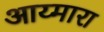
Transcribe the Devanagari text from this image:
आय्मारा